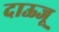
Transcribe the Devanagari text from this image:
दाऊजू